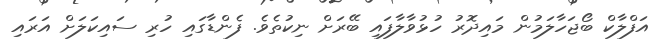
އަފްލާކް ބޯޖަހާލަމުން މައިދޮރު ހުޅުވާލާފައި ބޭރަށް ނިކުތެވެ. ފެންޑާގައި ހުރި ސައިކަަލަށް އަރައި